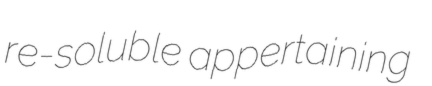
re-soluble appertaining